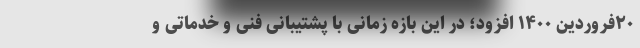
۲۰فروردین ۱۴۰۰ افزود؛ در این بازه زمانی با پشتیبانی فنی و خدماتی و